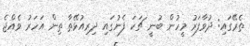
ތެރޭގައި: ދުވާފަރު މީހުން ބުނީ ޗަކަ ފެނުގައި ދިރިއުޅޭތާ ތިން އަހަރު ވެއްޖެ